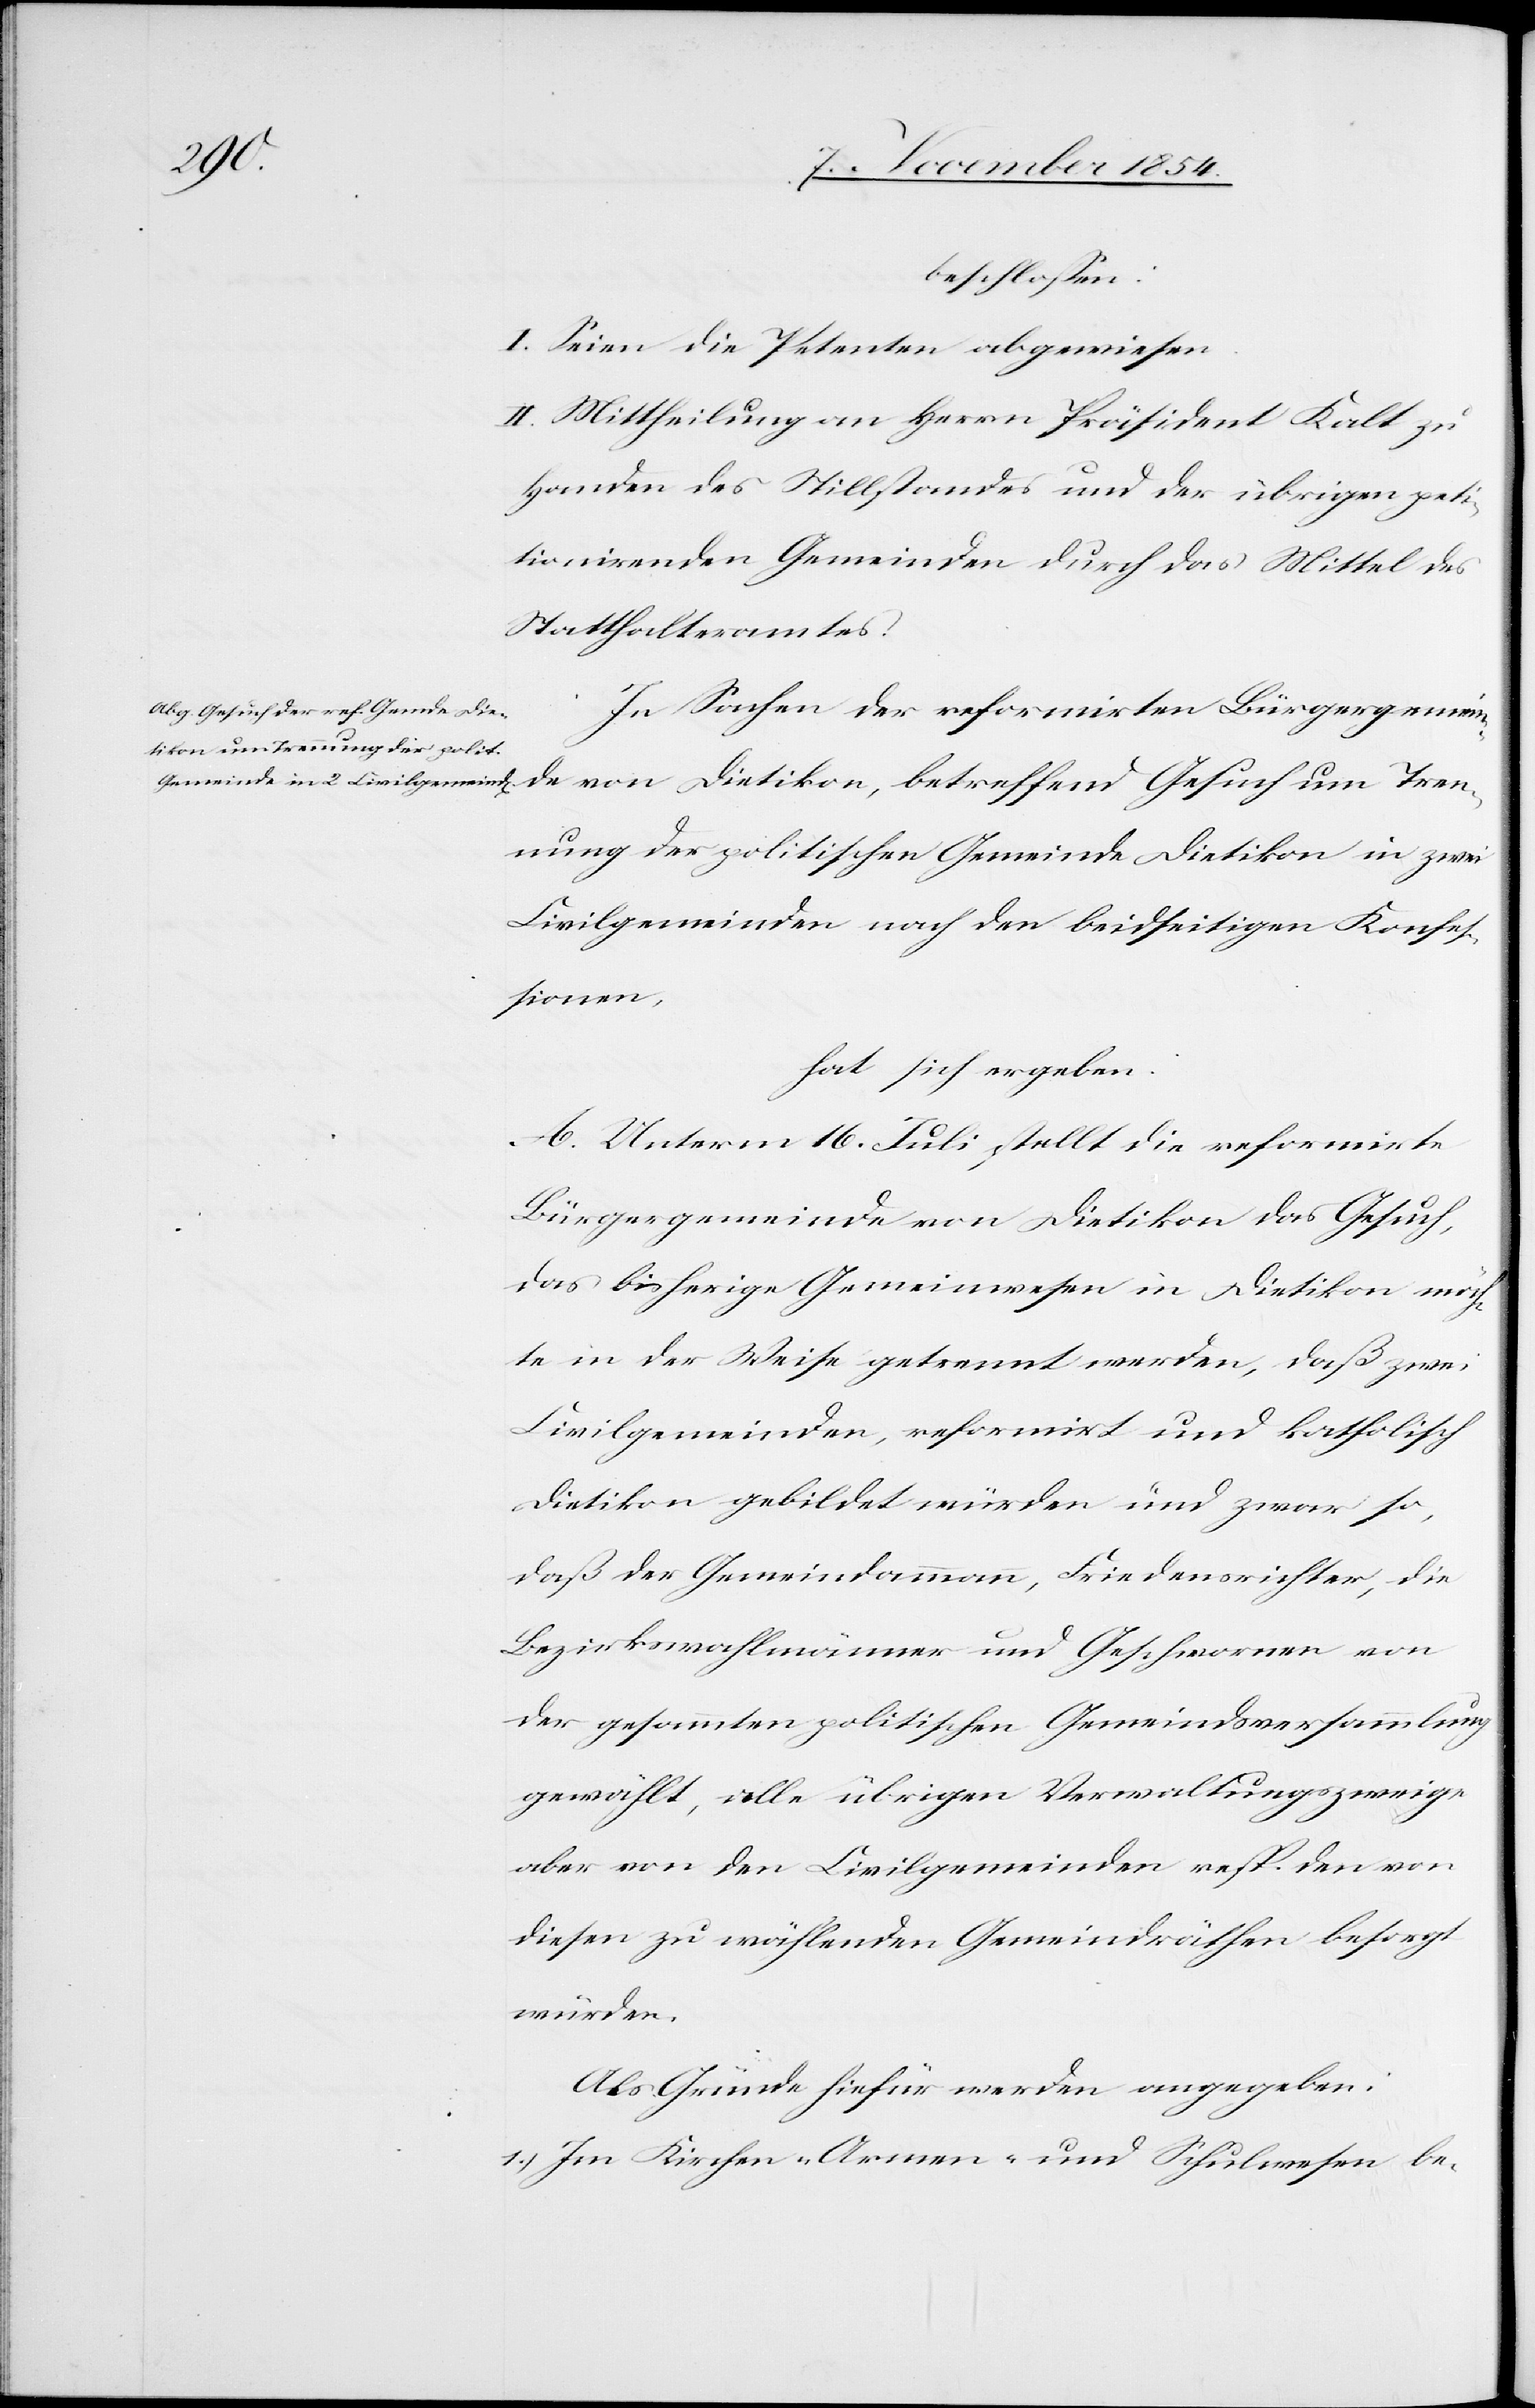
beschloßen:
I. Seien die Petenten abgewiesen.
II. Mittheilung an Herrn Präsident Kalt zu
Handen des Stillstandes und der übrigen peti¬
tionirenden Gemeinden durch das Mittel des
Statthalteramtes.
In Sachen der reformirten Bürgergemein¬
de von Dietikon, betreffend Gesuch um Tren¬
nung der politischen Gemeinde Dietikon in zwei
Civilgemeinden nach den beidseitigen Konfeß¬
ionen,
hat sich ergeben:
A. Unterm 16. Juli stellt die reformirte
Bürgergemeinde von Dietikon das Gesuch,
das bisherige Gemeinwesen in Dietikon möch¬
te in der Weise getrennt werden, daß zwei
Civilgemeinden, reformirt und katholisch
Dietikon gebildet würden und zwar so,
daß der Gemeindammann, Friedensrichter, die
Bezirkswahlmänner und Geschwornen von
der gesammten politischen Gemeindsversammlung
gewählt, alle übrigen Verwaltungszweige
aber von den Civilgemeinden resp. den von
diesen zu wählenden Gemeindräthen besorgt
würden.
Als Gründe hiefür werden angegeben:
1.) Im Kirchen-[,] Armen- und Schulwesen be-